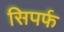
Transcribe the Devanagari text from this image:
सिपर्फ